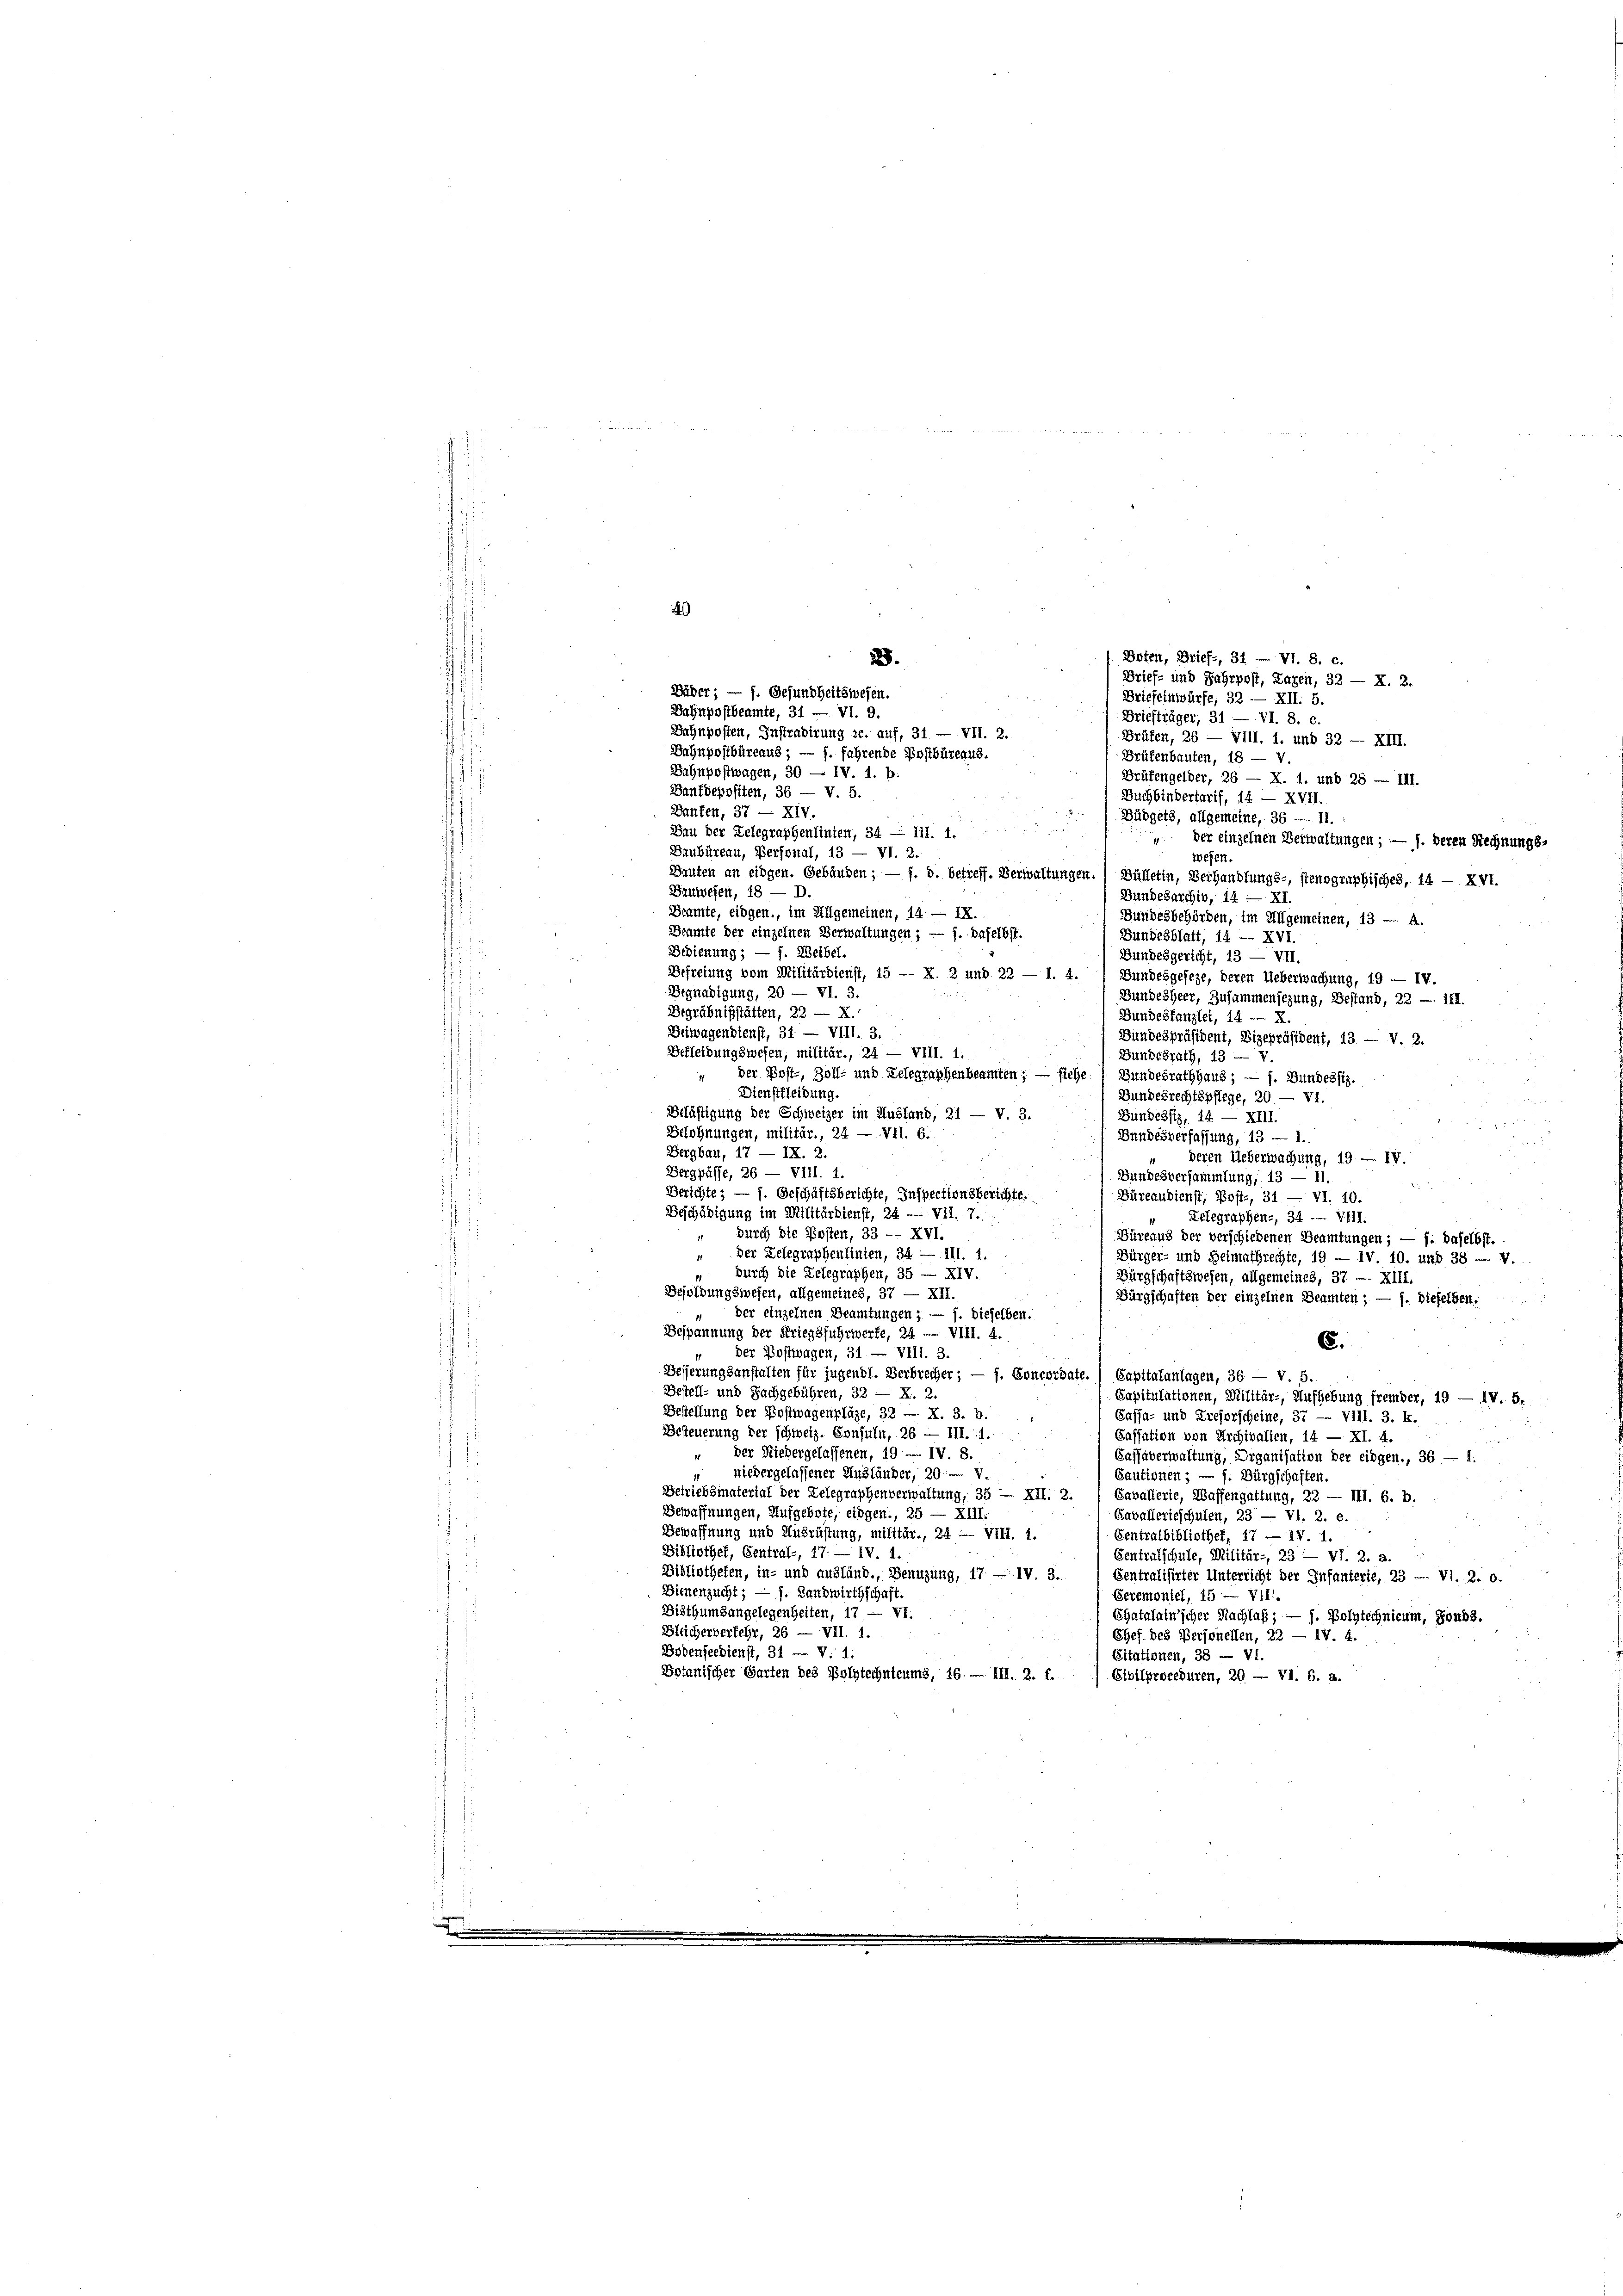
Bäder; — f. Gesundheitswesen.
Bahnpostbeamte, 31 — VI. 9.
Bahnpostwagen, 30 — IV. 1. b.
Banfbepositen, 36 — V. 5.
Buchbindertarif, 14. — XVII.
Banten, 37 — XIV.
Büdgets, allgemeine, 36 — 11.
Bau der Zelegraphenlinien, 34 — 111. 1.
 der einzelnen Verwaltungen; — 1. deren Rechnungs-
Baubüreau, Personal, 13 — VI. 2.
wesen.
Bauten an eidgen. Gebäuden; — f. 8. betreff. Verwaltungen. Bülletin, Verhandlungs-, stenographisches, 14 — XVI.
Bauwesen, 18 — D.
Bundesarchiv, 14 — XI.
Beamte, eidgen., im Allgemeinen, 14. — IX.
Bundesbehörden, im Allgemeinen, 13 — A.
Beamte der einzelnen Verwaltungen; — f. daselbst.
Bundesblatt, 14 — XVI.
Bedienung; — f. Weibel.
Bundesgericht, 13 — VII.
Befreiung vom Militärdienst, 15 -- X. 2 und 22 — 1. 4.
Bundesgeseze, deren Ueberwachung, 19 — IV.
Begnadigung, 20 — VI. 3.
Bundesheer, Zusammensezung, Bestand, 22 - 147.
Begräbnißstätten, 22. — X.,
 Bundeskanzlei, 14 -- X.
Bitwagendienst, 31. — VIII. 3.
Bundespräsident, Vizepräsident, 13. — V. 3.
Befleidungswesen, militär., 24 — VIII. 1.
Bundesrath, 13 — v.
der Post-, Zoll- und Telegraphenbeamten; — siehe (Bundesrathhaus; — f. Bundesfiz.
11
Dienstleibung.
Bundesrechtspflege, 20 — VI.
Belästigung der Schweizer im Ausland, 21 — v. 3.
Bundesst, 14 — XIII.
Belohnungen, militär., 24 — VII. 6.
Bundesverfassung, 13 — 1.
Bergbau, 17 — IX. 2
deren Ueberwachung, 19. — IV.
Bergpässe, 26 — VIII. 1.
Bundesversammlung, 13 — 11.

Berichte; — f. Geschäftsberichte, Inspectionsberichte.
Büreaubienst, Post-, 31 — VI. 10.
Beschädigung im Militärdienst, 24 — VII. 7.
Kelegraphen-, 34. VIII.
durch die Kosten, 33 -- XVI.
Büreaus der verschiedenen Beamtungen; — f. daselbst.
" Der Relegraphenlinien, 34 — III. 1.
Bürger- und Heimathrechte, 19 — IV. 10. und 38 — V.
durch die Relegraphen, 35 — XIV.
Bürgschaftswesen, allgemeines, 37 — XIII.
Besoldungswesen, allgemeines, 37 — XII.
Bürgschaften der einzelnen Beamten; — f. dieselben.
der einzelnen Beamtungen ; — f. dieselben.
Bespannung der Kriegsfuhrwerfe, 24 — VIII. 4.
6.
der Postwagen, 31. — VIII. 3.
Desserungsanstalten für jugendl. Verbrecher; — f. Concordate.) Capitalanlagen, 36 — v. 5.
Bestell- und Sachgebühren, 32 - X. 2.
Capitulationen, Militär-, Aufhebung frember, 19 — IV. 5.
Bestellung der Postwagenplaze, 32 — N. 3. b.
Cassa- und Treforscheine, 37 — V111. 3. k.
Besteuerung der schweiz. Confuln, 26 — III. 1.
Cassation von Archivalien, 14 — XI. 4.
der Niedergelassenen, 19 — IV. 8.
Cassaverwaltung, Organisation der eingen., 36 — 1.
niedergelassener Ausländer, 20. — V.
Cautionen; — f. Bürgschaften.
Betriebsmaterial der Gelegraphenverwaltung, 35 — XII. 2.
Cavallerie, Waffengattung, 22 — III. 6. b.
Bewaffnungen, Aufgebote, eidgen., 25 — XIII.
Cavallerieschulen, 23 — VI. 2. e.
Bewaffnung und Ausrüstung, militär., 24 - VIII. 1.
Centralbibliothek, 17 — IV. 1.
Bibliothek, Gentral-, 17. — IV. 1.
Gentralschule, Militär-, 23 — VI. 2. a.
Bibliothefen, in- und ausländ., Benuzung, 17 — IV. 3. Centralisirter Unterricht der Infanterie, 23 -- VI. 2. o.
Dienenzucht; — f. Landwirthschaft.
Seremoniel, 15 — VIII.
Bisthumsangelegenheiten, 17 — VI.
Ehatalain’scher Nachlaß; — f. Polytechnicum, fonds.
Bleicherverfehr, 26 — VII. 1.
Chef des Personellen, 22 — IV. 4.
Bodenseedienst, 31 — V. 1:
Sitationen, 38 - VI.
Botanischer Garten des Polytechntcums, 16. — III. 2. f.
Civilproceduren, 20 — VI. 6. a.

40

Boten, Brief-, 31 — VI. 8. c.
.
Brief- und Jahrpost, Tagen, 32 — X. 2.
Briefeinwürfe, 32 — XII. 5.
Briefträger, 31 — VI. 8. c
Bahnposten, Instradirung ze. auf, 31 — VII. 2.
Brüfen, 26 — VIII. 1. und 32 — XIII.
Bahnpostbüreaus; — f. fahrende Postbüreaus.
Brüfenbauten, 18 — V.
Brüfengelber, 26 — X. 1. und 28 — III.